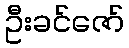
ဦးခင်ဇော်